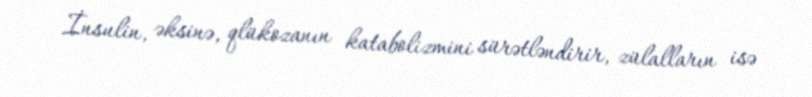
İnsulin, əksinə, qlükozanın katabolizmini sürətləndirir, zülalların isə